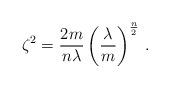
LaTeX: \begin{align*}\zeta^2 =\frac{ 2m}{ n \lambda }\left ( \frac{ \lambda }{ m } \right )^{\frac{n}{2}} \, .\end{align*}